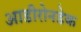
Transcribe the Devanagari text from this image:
आडीरोनडेक